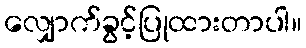
လျှောက်ခွင့်ပြုထားတာပါ။